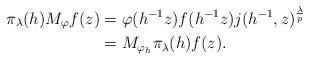
LaTeX: \begin{align*} \pi_\lambda(h) M_\varphi f(z) & = \varphi(h^{-1}z) f(h^{-1}z) j(h^{-1},z)^\frac{\lambda}{p} \\ & = M_{\varphi_h} \pi_\lambda(h)f(z).\end{align*}